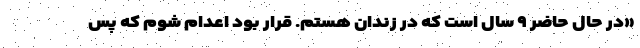
«در حال حاضر ۹ سال است که در زندان هستم. قرار بود اعدام شوم که پس